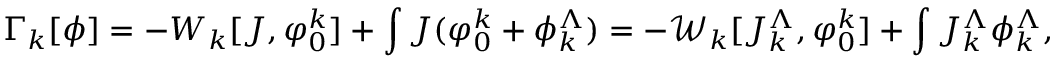
\Gamma _ { k } [ \phi ] = - W _ { k } [ J , \varphi _ { 0 } ^ { k } ] + \int J ( \varphi _ { 0 } ^ { k } + \phi _ { k } ^ { \Lambda } ) = - { \mathcal W } _ { k } [ J _ { k } ^ { \Lambda } , \varphi _ { 0 } ^ { k } ] + \int J _ { k } ^ { \Lambda } \phi _ { k } ^ { \Lambda } ,